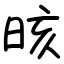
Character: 晐